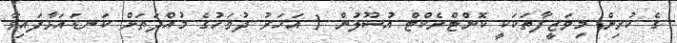
ގެ ކުރިން މިވަޒީފާތަކަކީ ކޮންޓްރެކްޓް އުސޫލުން 1 އަހަރު ދުވަހުގެ މުއްދަތަށް ކަނޑައަޅާފައިވާ